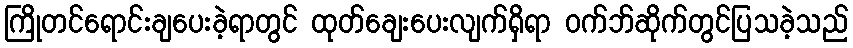
ကြိုတင်ရောင်းချပေးခဲ့ရာတွင် ထုတ်ချေးပေးလျက်ရှိရာ ဝက်ဘ်ဆိုက်တွင်ပြသခဲ့သည်